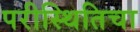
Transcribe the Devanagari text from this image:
परीस्थितिचा